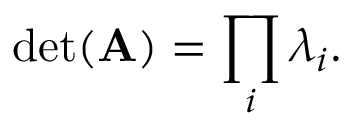
\operatorname* { d e t } ( \mathbf { A } ) = \prod _ { i } \lambda _ { i } .